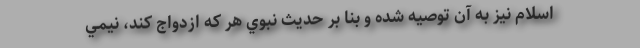
اسلام نيز به آن توصيه شده و بنا بر حديث نبوي هر كه ازدواج كند، نيمي